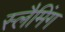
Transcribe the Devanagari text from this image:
स्लैमिंग